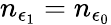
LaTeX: n_{\epsilon_{1}}=n_{\epsilon_{0}}